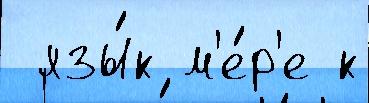
 язы́к м'е́р'е к